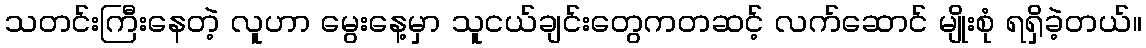
သတင်းကြီးနေတဲ့ လူဟာ မွေးနေ့မှာ သူငယ်ချင်းတွေကတဆင့် လက်ဆောင် မျိုးစုံ ရရှိခဲ့တယ်။